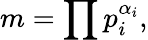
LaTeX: m=\prod p_{i}^{\alpha_{i}},